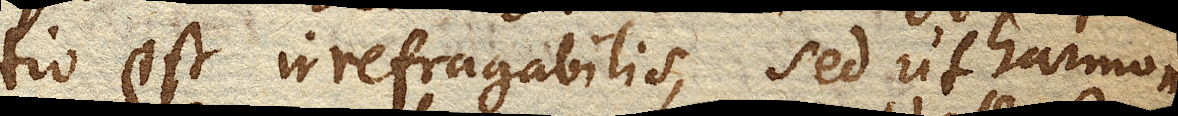
tio est irrefragabilis, sed ut harmonia